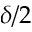
\delta / 2